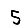
Digit: 5